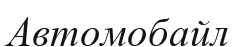
Автомобайл